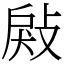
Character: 㪐